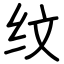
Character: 纹